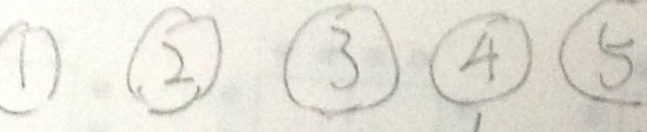
\textcircled { 1 } \textcircled { 2 } \textcircled { 3 } \textcircled { 4 } \textcircled { 5 }